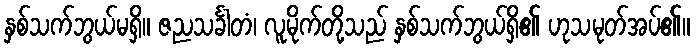
နှစ်သက်ဘွယ်မရှိ။ ဇညသင်္ခါတံ၊ လူမိုက်တို့သည် နှစ်သက်ဘွယ်ရှိ၏ ဟုသမုတ်အပ်၏။